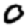
Digit: 0